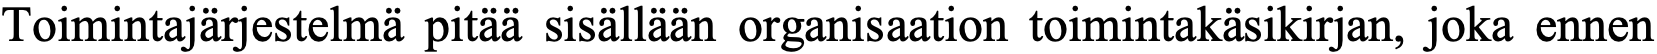
Toimintajärjestelmä pitää sisällään organisaation toimintakäsikirjan, joka ennen